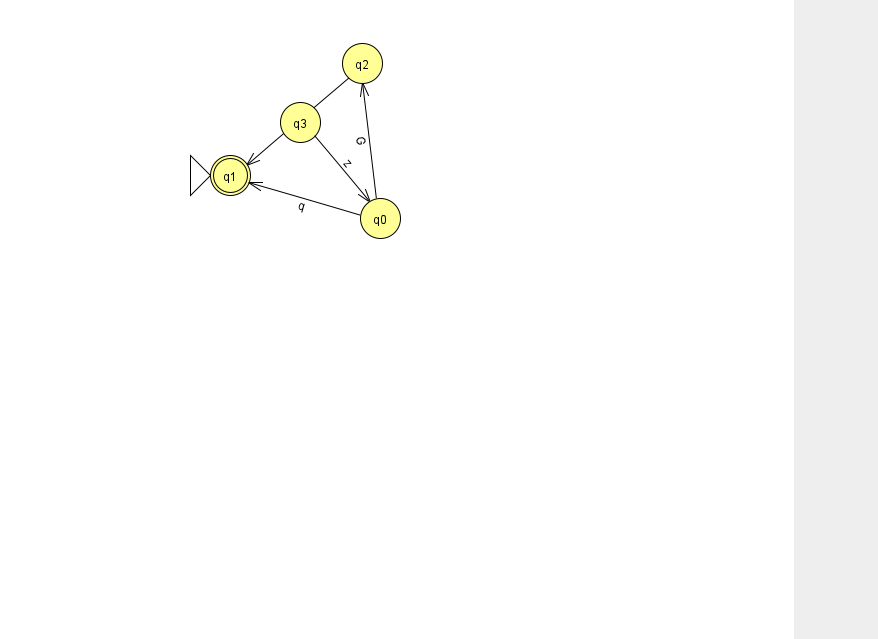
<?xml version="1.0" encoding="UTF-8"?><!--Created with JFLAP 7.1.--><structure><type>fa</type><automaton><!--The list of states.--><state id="0" name="q0"><x>380.0</x><y>205.0</y></state><state id="1" name="q1"><x>230.0</x><y>162.0</y><initial/><final/></state><state id="2" name="q2"><x>362.0</x><y>50.0</y></state><state id="3" name="q3"><x>300.0</x><y>109.0</y></state><!--The list of transitions.--><transition><from>3</from><to>0</to><read>z</read></transition><transition><from>0</from><to>2</to><read>G</read></transition><transition><from>2</from><to>1</to><read>H</read></transition><transition><from>0</from><to>1</to><read>q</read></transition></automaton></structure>